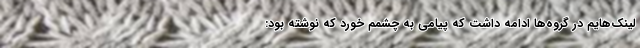
لینک‌هایم در گروه‌ها ادامه داشت که پیامی به چشمم خورد که نوشته بود: